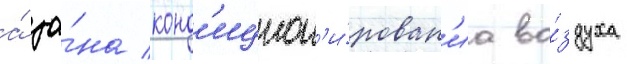
а́ зо́на конд'ицион'и́рован'иа во́здуха